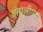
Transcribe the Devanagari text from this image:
बंगालीपन